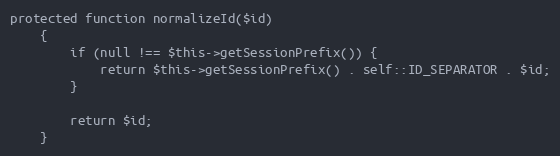
Language: PHP
protected function normalizeId($id)
    {
        if (null !== $this->getSessionPrefix()) {
            return $this->getSessionPrefix() . self::ID_SEPARATOR . $id;
        }

        return $id;
    }